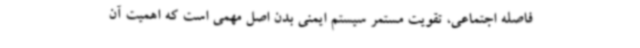
فاصله اجتماعی، تقویت مستمر سیستم ایمنی بدن اصل مهمی است که اهمیت آن